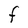
Character: F